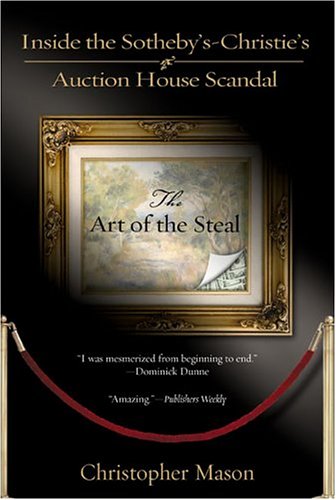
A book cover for The Art of the Steal; Christopher Mason; Mystery, Thriller & Suspense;